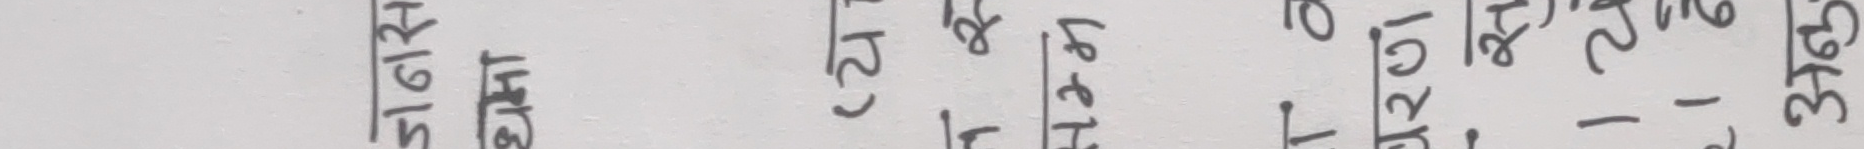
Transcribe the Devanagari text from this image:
अझै सचेत भएर बस्न सिकाउनु पर्छ।